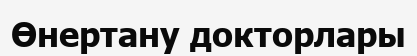
Өнертану докторлары